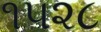
૧૫૨૮